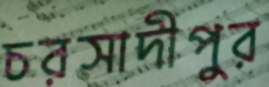
চরসাদীপুর